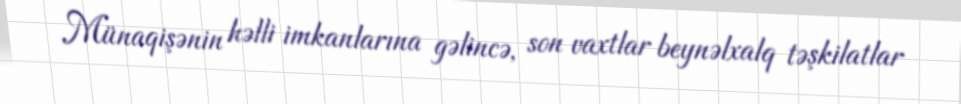
Münaqişənin həlli imkanlarına gəlincə, son vaxtlar beynəlxalq təşkilatlar